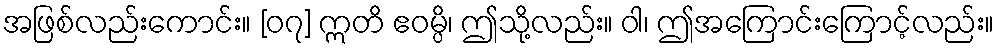
အဖြစ်လည်းကောင်း။ [၀၇] ဣတိ ဧဝမ္ပိ၊ ဤသို့လည်း။ ဝါ၊ ဤအကြောင်းကြောင့်လည်း။